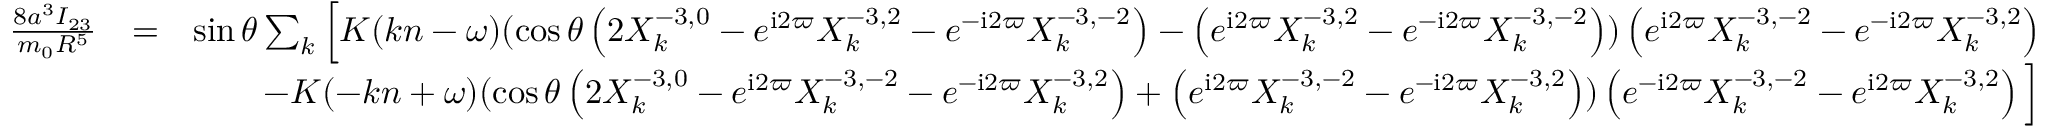
\begin{array} { r l r } { \frac { 8 a ^ { 3 } I _ { 2 3 } } { m _ { 0 } R ^ { 5 } } } & { = } & { \sin \theta \sum _ { k } \Big [ K ( k n - \omega ) ( \cos \theta \left( 2 X _ { k } ^ { - 3 , 0 } - e ^ { \mathrm { i } 2 \varpi } X _ { k } ^ { - 3 , 2 } - e ^ { - \mathrm { i } 2 \varpi } X _ { k } ^ { - 3 , - 2 } \right) - \left( e ^ { \mathrm { i } 2 \varpi } X _ { k } ^ { - 3 , 2 } - e ^ { - \mathrm { i } 2 \varpi } X _ { k } ^ { - 3 , - 2 } \right) ) \left( e ^ { \mathrm { i } 2 \varpi } X _ { k } ^ { - 3 , - 2 } - e ^ { - \mathrm { i } 2 \varpi } X _ { k } ^ { - 3 , 2 } \right) } \\ & { } & { - K ( - k n + \omega ) ( \cos \theta \left( 2 X _ { k } ^ { - 3 , 0 } - e ^ { \mathrm { i } 2 \varpi } X _ { k } ^ { - 3 , - 2 } - e ^ { - \mathrm { i } 2 \varpi } X _ { k } ^ { - 3 , 2 } \right) + \left( e ^ { \mathrm { i } 2 \varpi } X _ { k } ^ { - 3 , - 2 } - e ^ { - \mathrm { i } 2 \varpi } X _ { k } ^ { - 3 , 2 } \right) ) \left( e ^ { - \mathrm { i } 2 \varpi } X _ { k } ^ { - 3 , - 2 } - e ^ { \mathrm { i } 2 \varpi } X _ { k } ^ { - 3 , 2 } \right) \Big ] } \end{array}